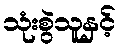
သုံးစွဲသူနှင့်